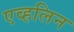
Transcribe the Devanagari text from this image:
एव्हलिन